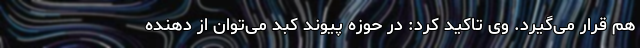
هم قرار می‌گیرد. وی تاکید کرد: در حوزه پیوند کبد می‌توان از دهنده